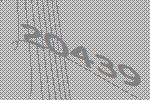
20439